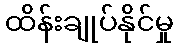
ထိန်းချုပ်နိုင်မှု